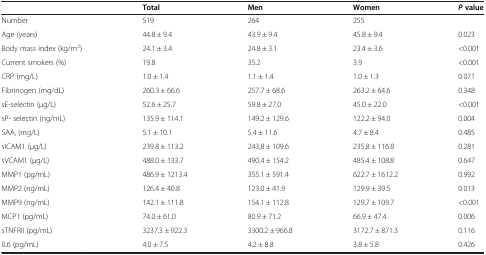
<table><thead><tr><td><b> </b></td><td><b>Total</b></td><td><b>Men</b></td><td><b>Women</b></td><td><b><i>P </i>value</b></td></tr></thead><tbody><tr><td>Number</td><td>519</td><td>264</td><td>255</td><td> </td></tr><tr><td>Age (years)</td><td>44.8 ± 9.4</td><td>43.9 ± 9.4</td><td>45.8 ± 9.4</td><td>0.023</td></tr><tr><td>Body mass index (kg/m<sup>2</sup>)</td><td>24.1 ± 3.4</td><td>24.8 ± 3.1</td><td>23.4 ± 3.6</td><td>&lt;0.001</td></tr><tr><td>Current smokers (%)</td><td>19.8</td><td>35.2</td><td>3.9</td><td>&lt;0.001</td></tr><tr><td>CRP (mg/L)</td><td>1.0 ± 1.4</td><td>1.1 ± 1.4</td><td>1.0 ± 1.3</td><td>0.071</td></tr><tr><td>Fibrinogen (mg/dL)</td><td>260.3 ± 66.6</td><td>257.7 ± 68.6</td><td>263.2 ± 64.6</td><td>0.348</td></tr><tr><td>sE-selectin (μg/L)</td><td>52.6 ± 25.7</td><td>59.8 ± 27.0</td><td>45.0 ± 22.0</td><td>&lt;0.001</td></tr><tr><td>sP- selectin (ng/mL)</td><td>135.9 ± 114.1</td><td>149.2 ± 129.6</td><td>122.2 ± 94.0</td><td>0.004</td></tr><tr><td>SAA, (mg/L)</td><td>5.1 ± 10.1</td><td>5.4 ± 11.6</td><td>4.7 ± 8.4</td><td>0.485</td></tr><tr><td>sICAM1 (μg/L)</td><td>239.8 ± 113.2</td><td>243,8 ± 109.6</td><td>235.8 ± 116.8</td><td>0.281</td></tr><tr><td>sVCAM1 (μg/L)</td><td>488.0 ± 133.7</td><td>490.4 ± 154.2</td><td>485.4 ± 108.8</td><td>0.647</td></tr><tr><td>MMP1 (pg/mL)</td><td>486.9 ± 1213.4</td><td>355.1 ± 591.4</td><td>622.7 ± 1612.2</td><td>0.992</td></tr><tr><td>MMP2 (ng/mL)</td><td>126.4 ± 40.8</td><td>123.0 ± 41.9</td><td>129.9 ± 39.5</td><td>0.013</td></tr><tr><td>MMP9 (ng/mL)</td><td>142.1 ± 111.8</td><td>154.1 ± 112.8</td><td>129.7 ± 109.7</td><td>&lt;0.001</td></tr><tr><td>MCP1 (pg/mL)</td><td>74.0 ± 61.0</td><td>80.9 ± 71.2</td><td>66.9 ± 47.4</td><td>0.006</td></tr><tr><td>sTNFRII (pg/mL)</td><td>3237.3 ± 922.3</td><td>3300.2 ± 966.8</td><td>3172.7 ± 871.3</td><td>0.116</td></tr><tr><td>IL6 (pg/mL)</td><td>4.0 ± 7.5</td><td>4.2 ± 8.8</td><td>3.8 ± 5.8</td><td>0.426</td></tr></tbody></table>